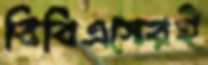
বিবিএসেরই